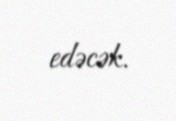
edəcək.